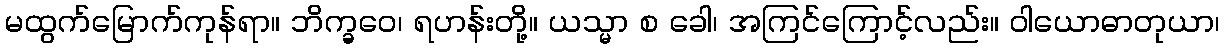
မထွက်မြောက်ကုန်ရာ။ ဘိက္ခဝေ၊ ရဟန်းတို့။ ယသ္မာ စ ခေါ၊ အကြင်ကြောင့်လည်း။ ဝါယောဓာတုယာ၊